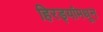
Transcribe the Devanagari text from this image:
हिरड्यांमधून